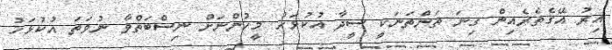
އިރު އޭގެތެރެއިން ގިނަ ތަންތަނަކީ ސީދާ އުކުޅަހު މީހުންނަށް ނިސްބަތްވާ ނުވަތަ އުކުޅަހު